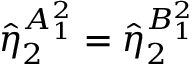
\hat { \eta } _ { 2 } ^ { A _ { 1 } ^ { 2 } } = \hat { \eta } _ { 2 } ^ { B _ { 1 } ^ { 2 } }